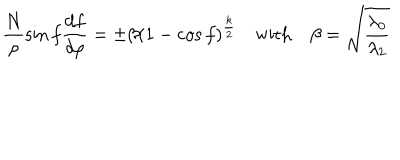
\frac { N } { \rho } \sin f \frac { d f } { d \rho } = \pm \beta ( 1 - \cos f ) ^ { \frac { k } { 2 } } \quad \mathrm { w i t h } \quad \beta = \sqrt { \frac { \lambda _ { 0 } } { \lambda _ { 2 } } }